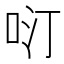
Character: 𱒓